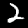
Label: 2